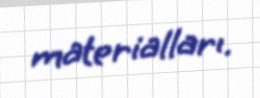
materialları.